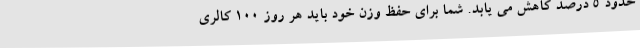
حدود 5 درصد کاهش می یابد. شما برای حفظ وزن خود باید هر روز 100 کالری